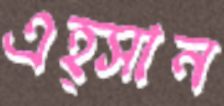
এহ্সান